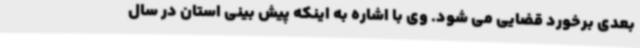
بعدی برخورد قضایی می شود. وی با اشاره به اینکه پیش بینی استان در سال